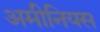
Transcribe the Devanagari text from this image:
अमीनियस